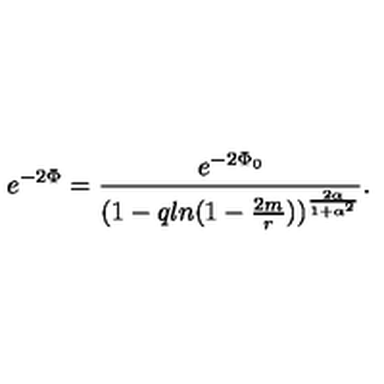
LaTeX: e ^ { - 2 \Phi } = { \frac { e ^ { - 2 \Phi _ { 0 } } } { ( 1 - q l n ( 1 - { \frac { 2 m } { r } } ) ) ^ { \frac { 2 \alpha } { 1 + \alpha ^ { 2 } } } } } .